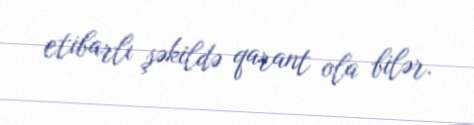
etibarlı şəkildə qarant ola bilər.